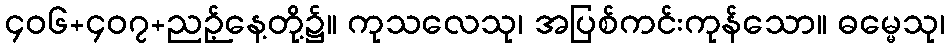
၄၀၆+၄၀၇+ညဉ့်နေ့တို့၌။ ကုသလေသု၊ အပြစ်ကင်းကုန်သော။ ဓမ္မေသု၊